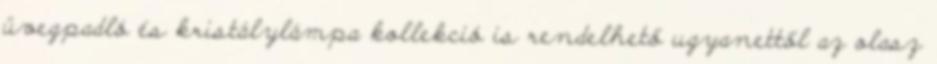
üvegpadló és kristálylámpa kollekció is rendelhető ugyanettől az olasz